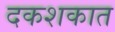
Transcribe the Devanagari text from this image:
दकशकात